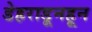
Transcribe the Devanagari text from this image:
डेहराडूनहून